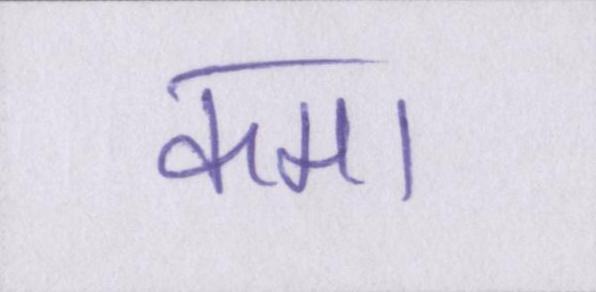
कमा